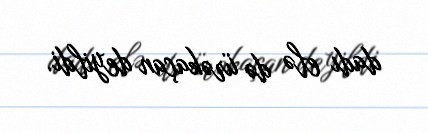
dadı elə də ürəkaçan deyildi.